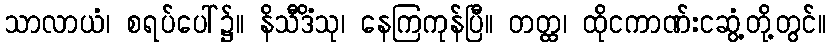
သာလာယံ၊ စရပ်ပေါ်၌။ နိသီဒိံသု၊ နေကြကုန်ပြီ။ တတ္ထ၊ ထိုငကာဏ်းငဆွံ့တို့တွင်။